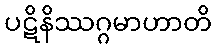
ပဋိနိဿဂ္ဂမာဟာတိ